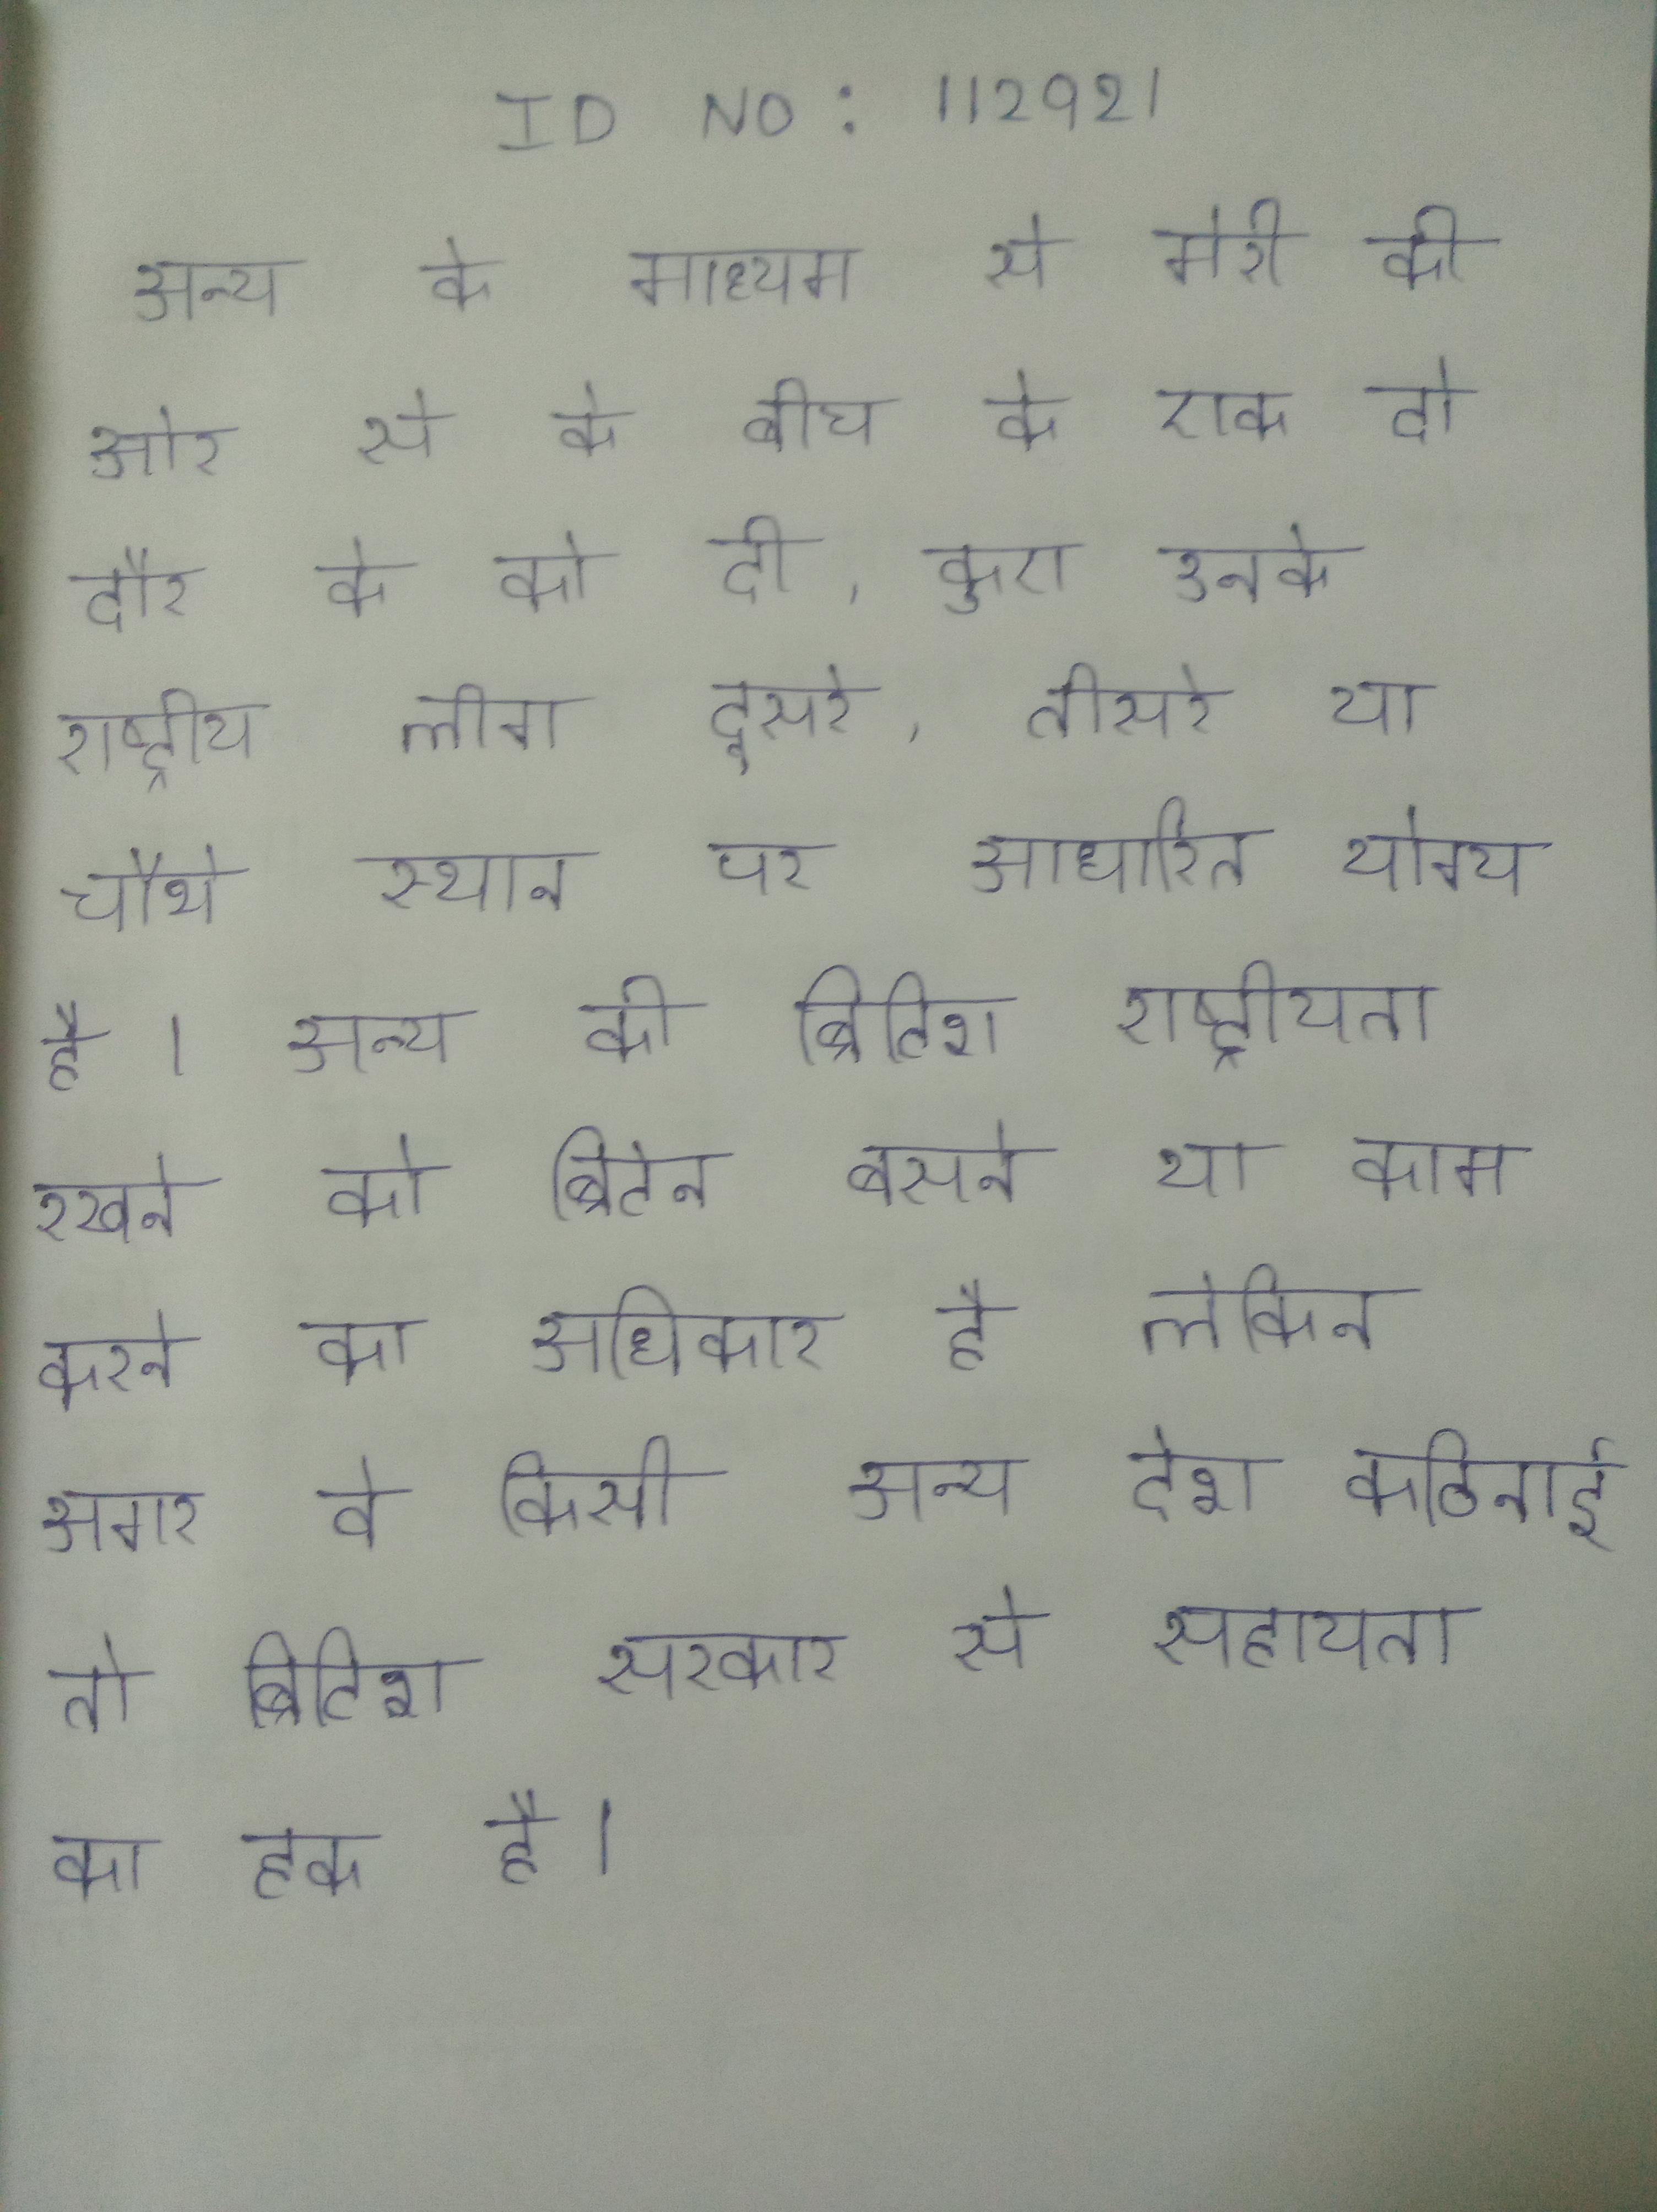
अन्य के माध्यम से मेरी की ओर से के बीच के एक दो दौर के को दी, कुए उनके राष्ट्रीय लीग दूसरे, तीसरे या चौथे स्थान पर आधारित योग्य है । अन्य की ब्रिटिश राष्ट्रीयता रखने को ब्रिटेन बसने या काम करने का अधिकार है लेकिन अगर वे किसी अन्य देश कठिनाई तो ब्रिटिश सरकार से सहायता का हक है ।